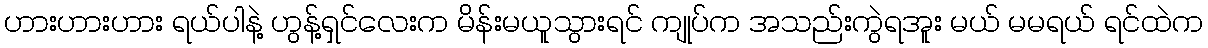
ဟားဟားဟား ရယ်ပါနဲ့ ဟွန့်ရှင်လေးက မိန်းမယူသွားရင် ကျုပ်က အသည်းကွဲရအူး မယ် မမရယ် ရင်ထဲက